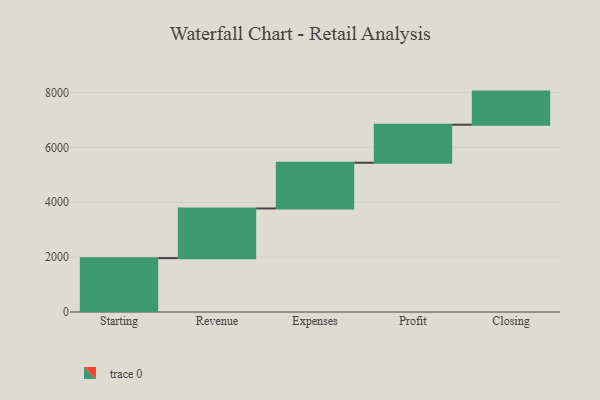
{"axis": {"x": "Step", "y": "Value"}, "legend": [""], "data": [{"x": "Starting", "y": 1962.0, "type": ""}, {"x": "Revenue", "y": 1810.0, "type": ""}, {"x": "Expenses", "y": 1666.0, "type": ""}, {"x": "Profit", "y": 1385.0, "type": ""}, {"x": "Closing", "y": 1206.0, "type": ""}]}